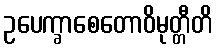
ဥပေက္ခာစေတောဝိမုတ္တီတိ